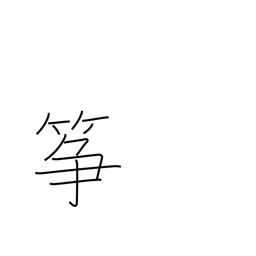
Meaning: koto